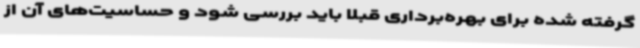
گرفته شده برای بهره‌برداری قبلا باید بررسی شود و حساسیت‌های آن از